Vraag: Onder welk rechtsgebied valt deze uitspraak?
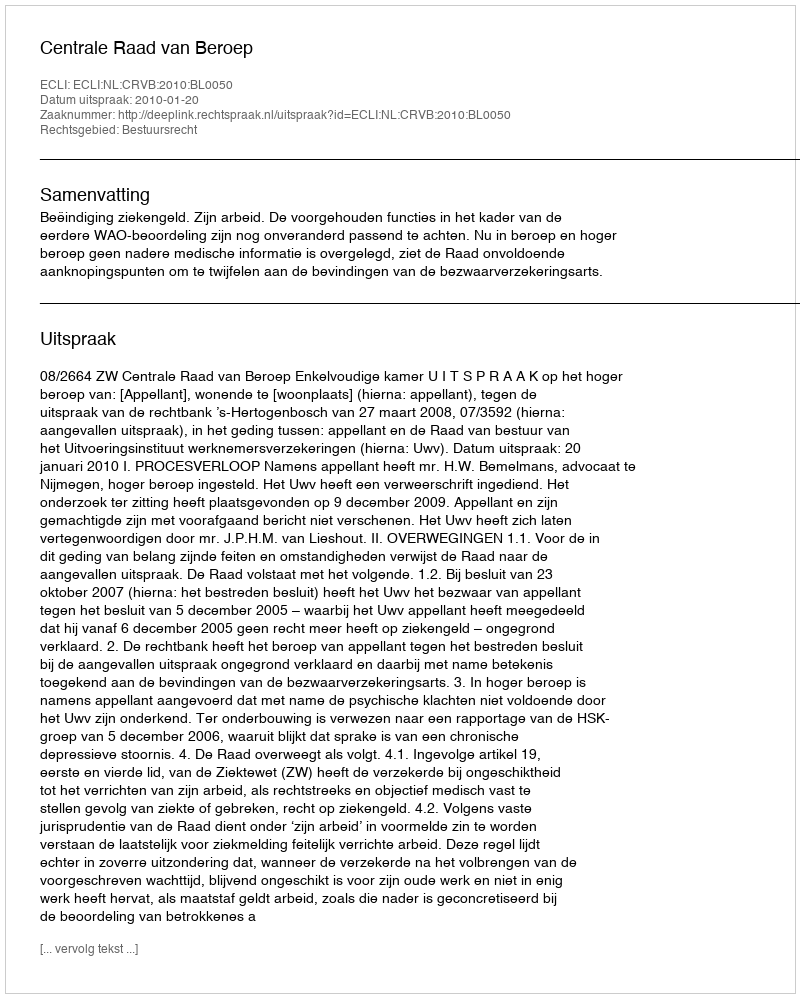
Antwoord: Bestuursrecht